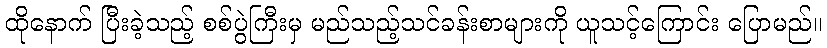
ထိုနောက် ပြီးခဲ့သည့် စစ်ပွဲကြီးမှ မည်သည့်သင်ခန်းစာများကို ယူသင့်ကြောင်း ပြောမည်။